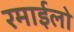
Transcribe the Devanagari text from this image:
रमाईलो